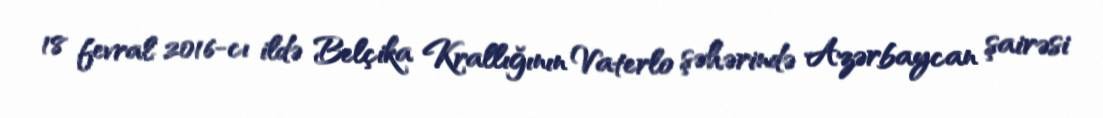
18 fevral 2016-cı ildə Belçika Krallığının Vaterlo şəhərində Azərbaycan şairəsi